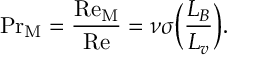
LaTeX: \mathrm { P r } _ { \mathrm { M } } = \frac { \mathrm { R e } _ { \mathrm { M } } } { \mathrm { R e } } = \nu \sigma \biggl ( \frac { L _ { B } } { L _ { v } } \biggr ) .